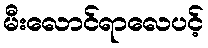
မီးလောင်ရာလေပင့်